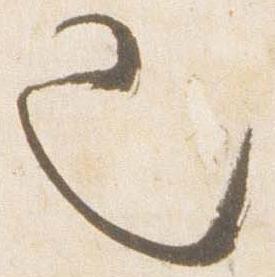
也